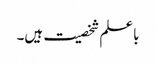
باعلم شخصیت ہیں۔